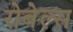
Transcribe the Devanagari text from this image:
रोबेल्‍स